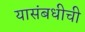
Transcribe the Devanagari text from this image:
यासंबधीची